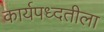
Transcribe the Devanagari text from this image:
कार्यपध्दतीला